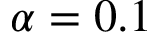
\alpha = 0 . 1